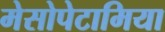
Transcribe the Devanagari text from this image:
मेसोपेटामिया